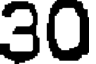
30